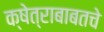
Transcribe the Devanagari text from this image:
क्षेत्राबाबतचे